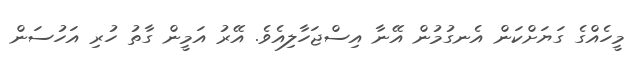
މީހެއްގެ ގަޔަށްކަން އެނގުމުން އޭނާ އިސްޖަހާލިއެވެ. އޭރު އަމީން ގާތު ހުރި އަހުސަން